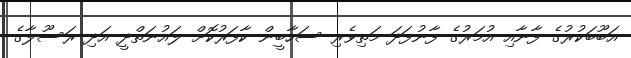
އަބޫބަކުރުގެ ފާނާއި އުމަރުގެ ފާނުފަދަ މަތިވެރި ސަހާބީން ކާފަރުކޮށް ލައުނަތްދީ އަދި ރަސޫލާގެ